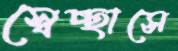
স্বেচ্ছাসে